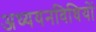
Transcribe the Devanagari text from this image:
अध्ययनविधियों